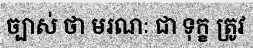
ច្បាស់ ថា មរណៈ ជា ទុក្ខ ត្រូវ